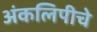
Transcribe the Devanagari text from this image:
अंकलिपीचे